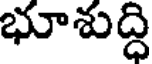
భూశుద్ధి